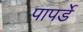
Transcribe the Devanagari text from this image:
पापर्डे